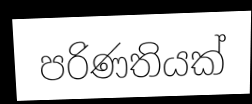
පරිණතියක්